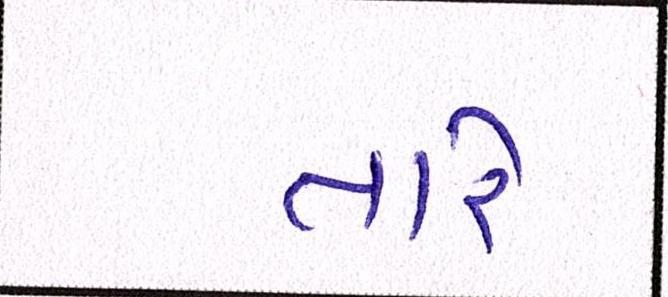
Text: તારે